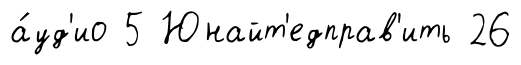
а́уд'ио 5 Юнайт'едправ'ить 26